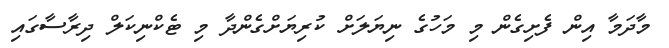
މާދަމާ އިން ފެށިގެން މި މަހުގެ ނިޔަލަށް ކުރިޔަށްގެންދާ މި ޓެކްނިކަލް ދިރާސާގައި